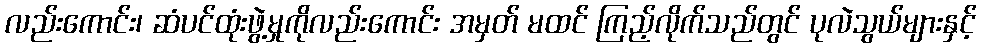
လည်းကောင်း၊ ဆံပင်ထုံးဖွဲ့မှုကိုလည်းကောင်း အမှတ် မထင် ကြည့်လိုက်သည်တွင် ပုလဲသွယ်များနှင့်